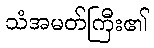
သံအမတ်ကြီး၏